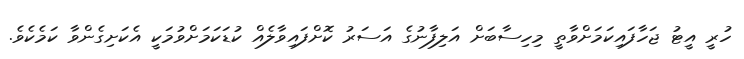
ހުރީ އީޓު ޖަހާފައިކަމަށްވާތީ މިހިސާބަށް އަލިފާނުގެ އަސަރު ކޮށްފައިވާލެއް ކުޑަކަމަށްވުމަކީ އެކަށިގެންވާ ކަމެކެވެ.